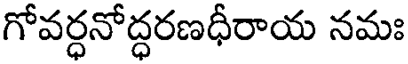
గోవర్ధనోద్ధరణధీరాయ నమః